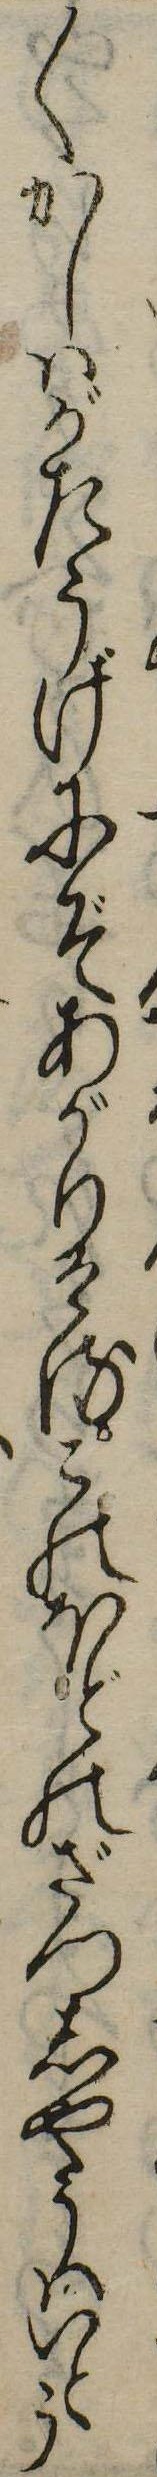
〱かしはがたうげにぞあがりけるこのほどのざつしやうはいとう